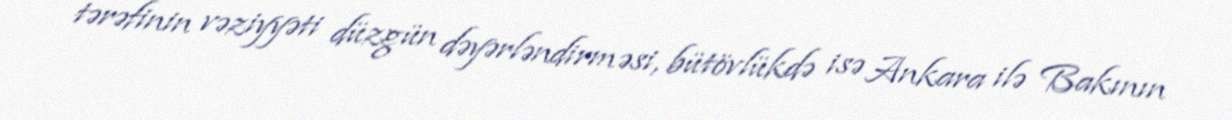
tərəfinin vəziyyəti düzgün dəyərləndirməsi, bütövlükdə isə Ankara ilə Bakının